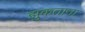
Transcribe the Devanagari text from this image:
झुकताना